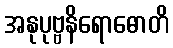
အနုပုဗ္ဗနိရောဓောတိ